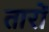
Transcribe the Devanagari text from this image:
तारों